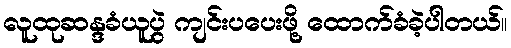
လူထုဆန္ဒခံယူပွဲ ကျင်းပပေးဖို့ ထောက်ခံခဲ့ပါတယ်။